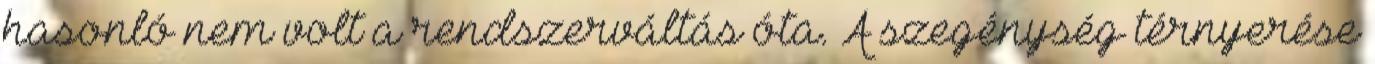
hasonló nem volt a rendszerváltás óta. A szegénység térnyerése